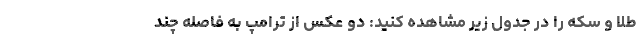
طلا و سکه را در جدول زیر مشاهده کنید: دو عکس از ترامپ به فاصله چند